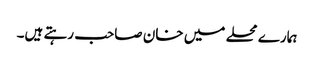
ہمارے محلے میں خان صاحب رہتے ہیں۔